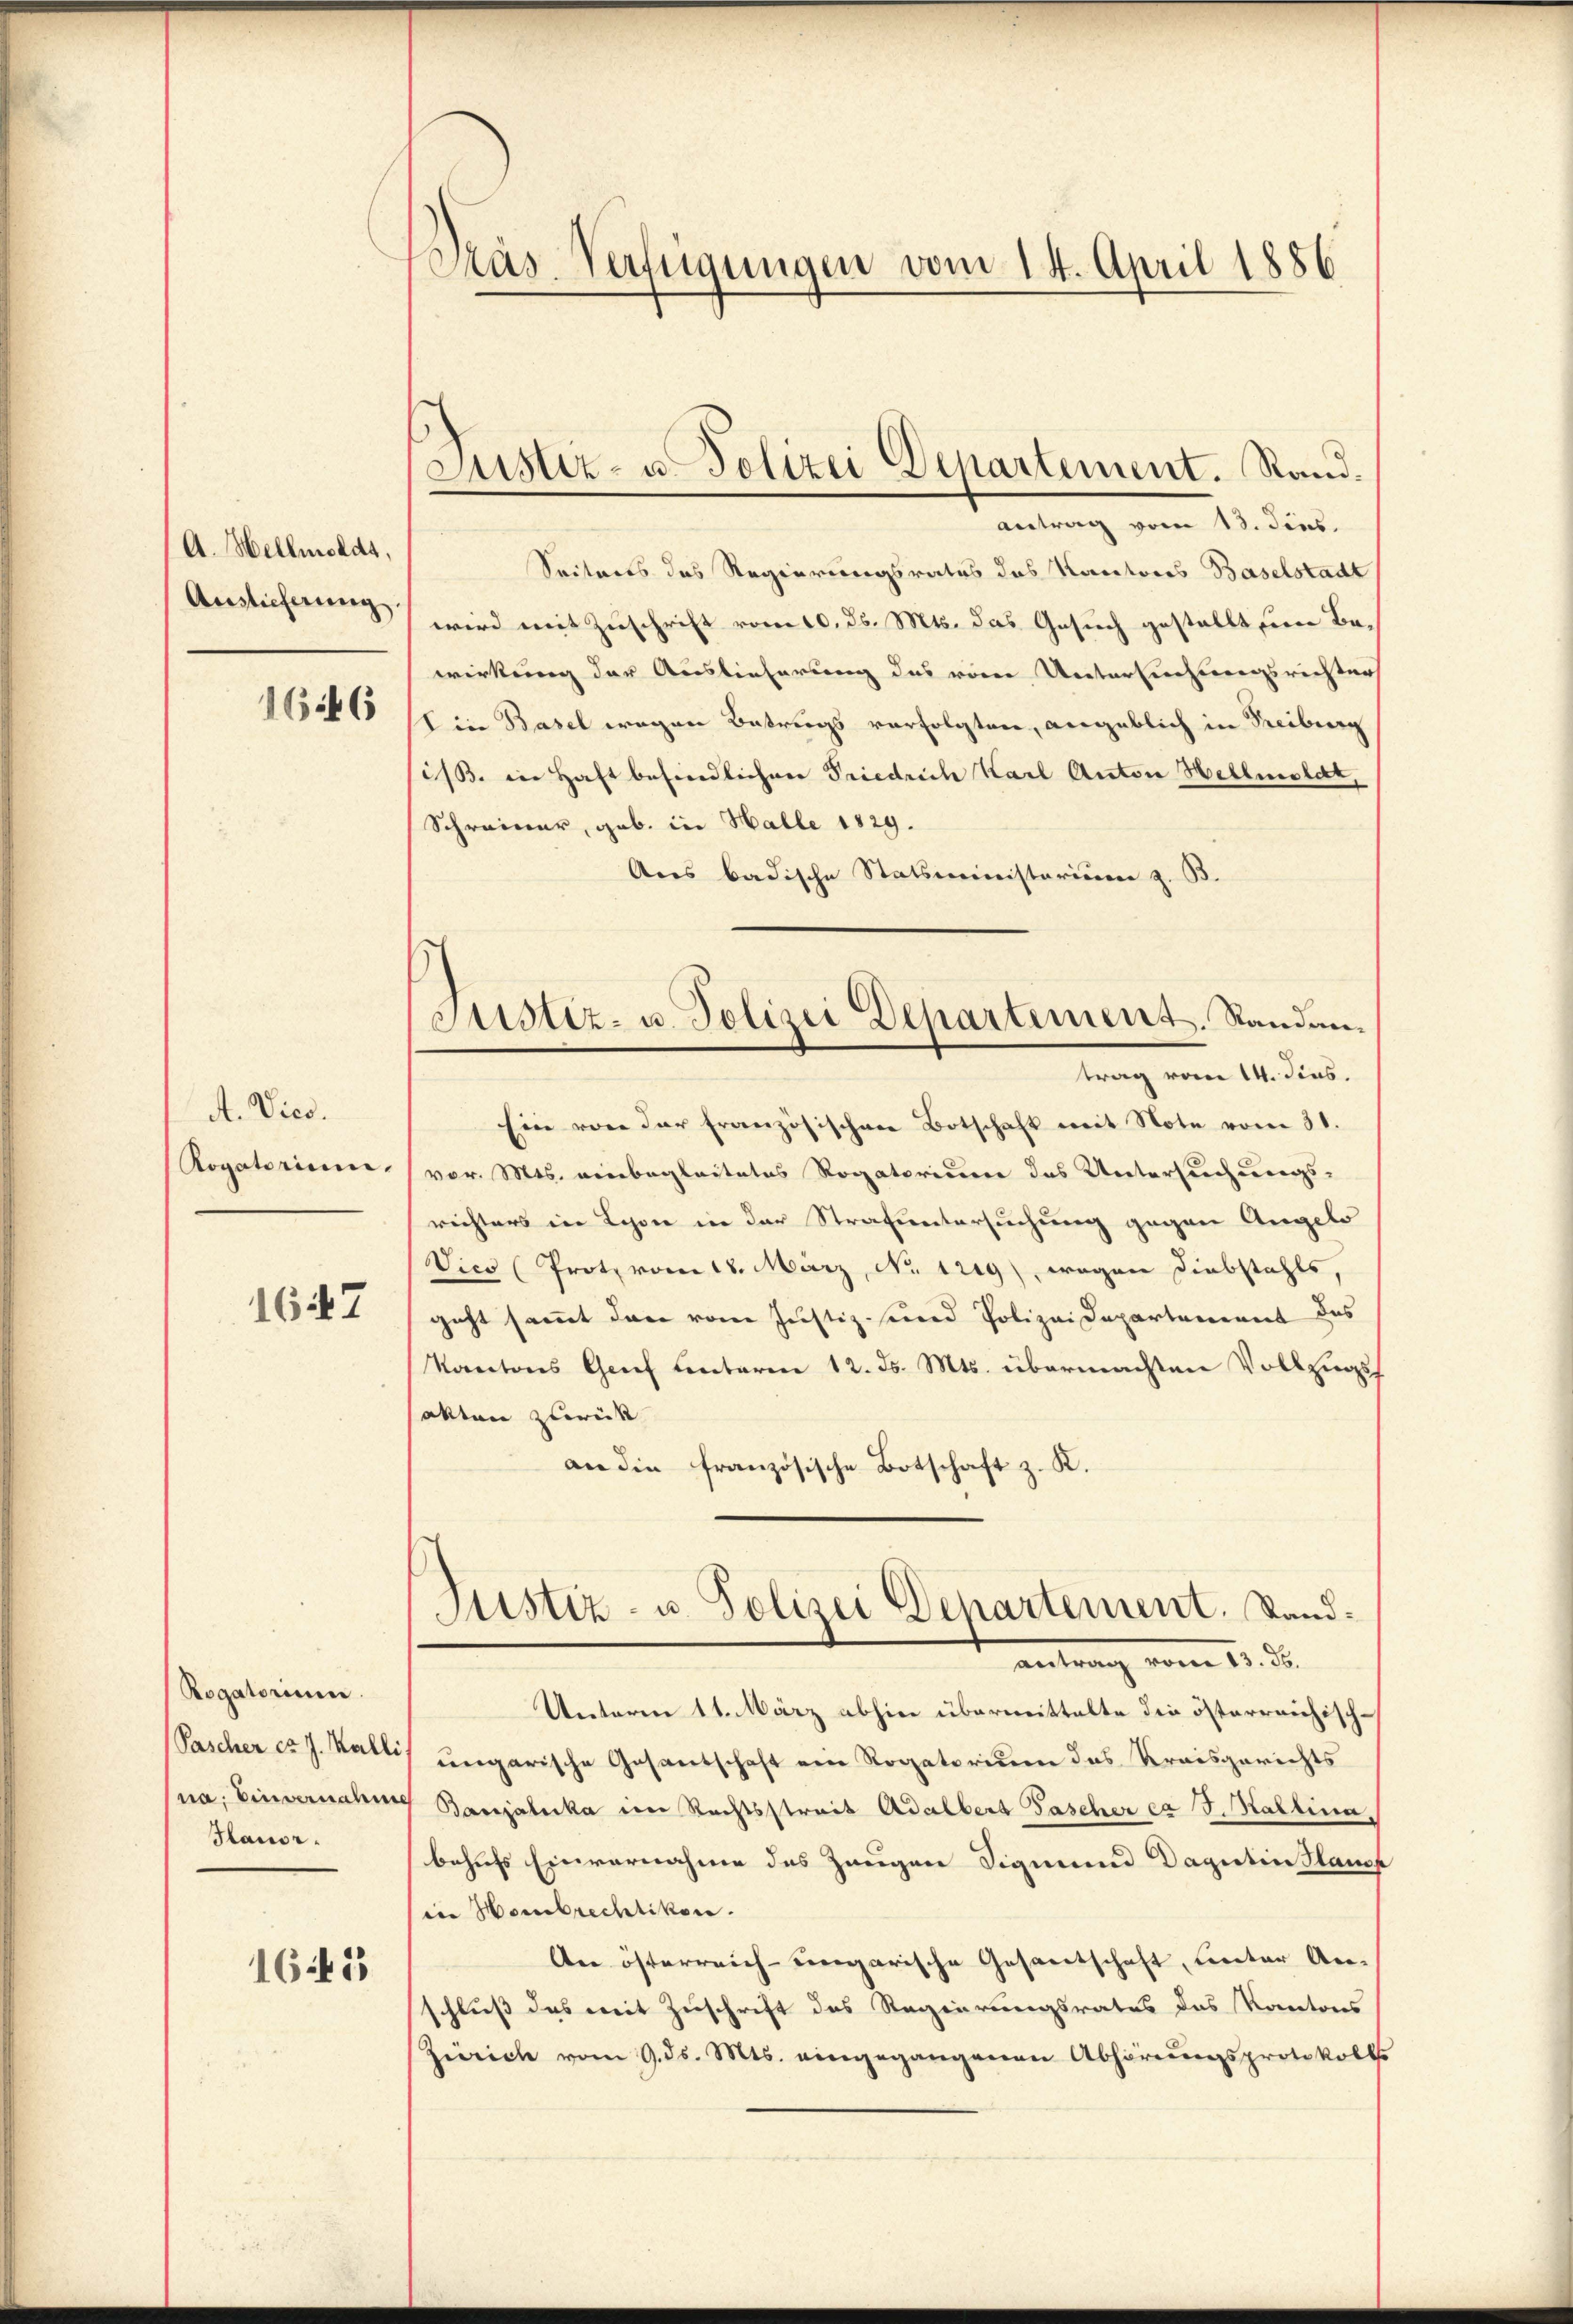
A. Hellmolds,
Auslieferung
1646

A. Vies.
Rogatorium.

1647

Rogatorium.
Pascher et J. Kalli
na. Einvernah
Hauor

1645

oras-Verfügungen vom 14. April 1886

Justiz- u. Polizei Departement. Rand¬
Antrag vom 13. dies

Seitens des Regierungsrates das Kantores Baselstadt
wird mit Zuschrift vom 10. ds. Mts. das Gesuch gestellt sien Bewirkung der Auslieferung des vom Untersuchungsrichter
Ein Basel wegen Betrugs verfolgten, angeblich in Reiburg
(is. in Haft befindlicher Friedrich Karl Anton Hellmoldt,
Schreiner, geb. in Halle 1829.
Ans badische Statsministerium z. B.
Ein von der Französischere Botschaft mit Note vom 31.
vor. Mts. einbegleitetes Rogatorium das Untersuchungs-
richters in Lyon in der Strafuntersuchung gegen Angelo
Vico (Protz vom 18. März, No. 1219), wegen Diebstahls,
geht sammt dann vom Justiz- und Polizei Departement des
Kantons Graf Lentaren 12. ds. Mts. übermachten Vollzugs
akten zurück
an die französische Botschaft z. K.
Justiz- u. Polizei Departement. Sandvom 13. d.
Unterm 11. März abhin übermittelte die österreichisch-
ungarische Gesantschaft ein Rogatorium das Kreisgerichts
Banjaluka im Rechtsstreib Adalbert Fascher ca 3. Kaltina,
behufs Einvernahme des Zeugen Sigmund Dagutinlauf
in Hombrechtikon.
An österreich-ungarische Gesandtschaft, Lector An-
schluß das mit Zuschrift des Regierungsrates das Kantons
Zürich vom 9. ds. Mts. eingegangenen Abhörungsprotokolls

Sistiz- u. Polizei Departement. Standantrag vom 14. dies.